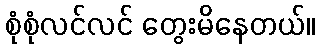
စုံစုံလင်လင် တွေးမိနေတယ်။